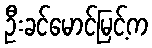
ဦးခင်မောင်မြင့်က